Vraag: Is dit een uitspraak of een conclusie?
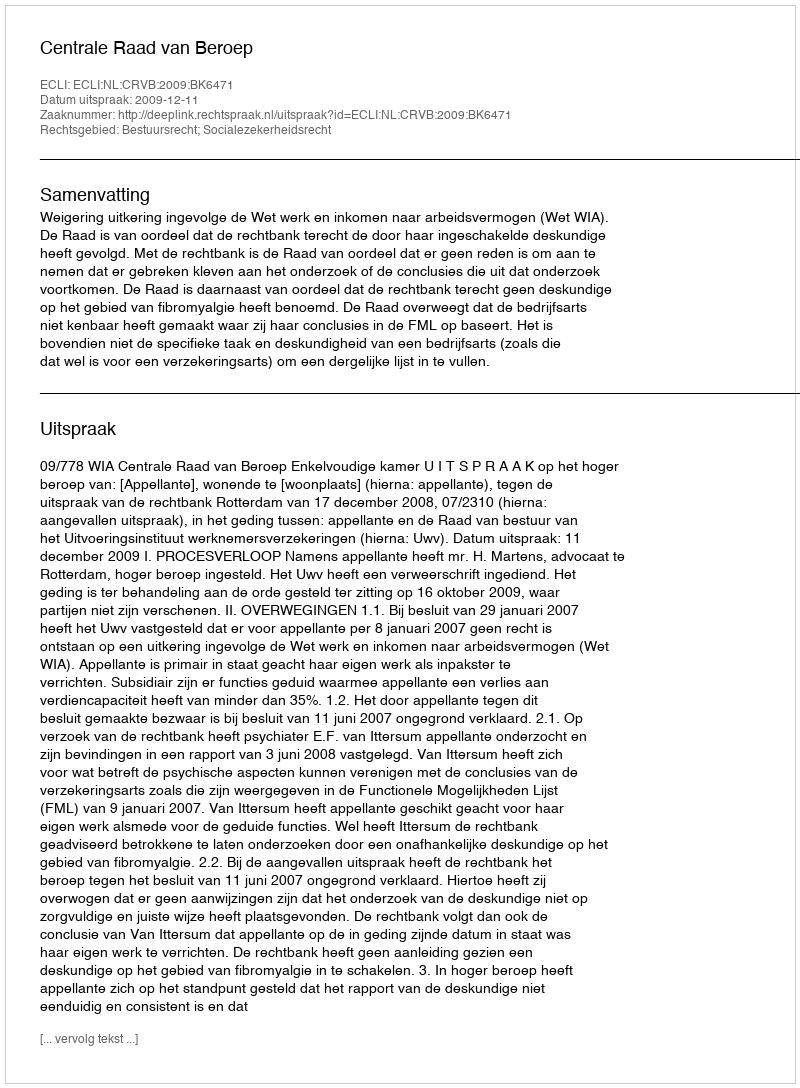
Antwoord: Uitspraak